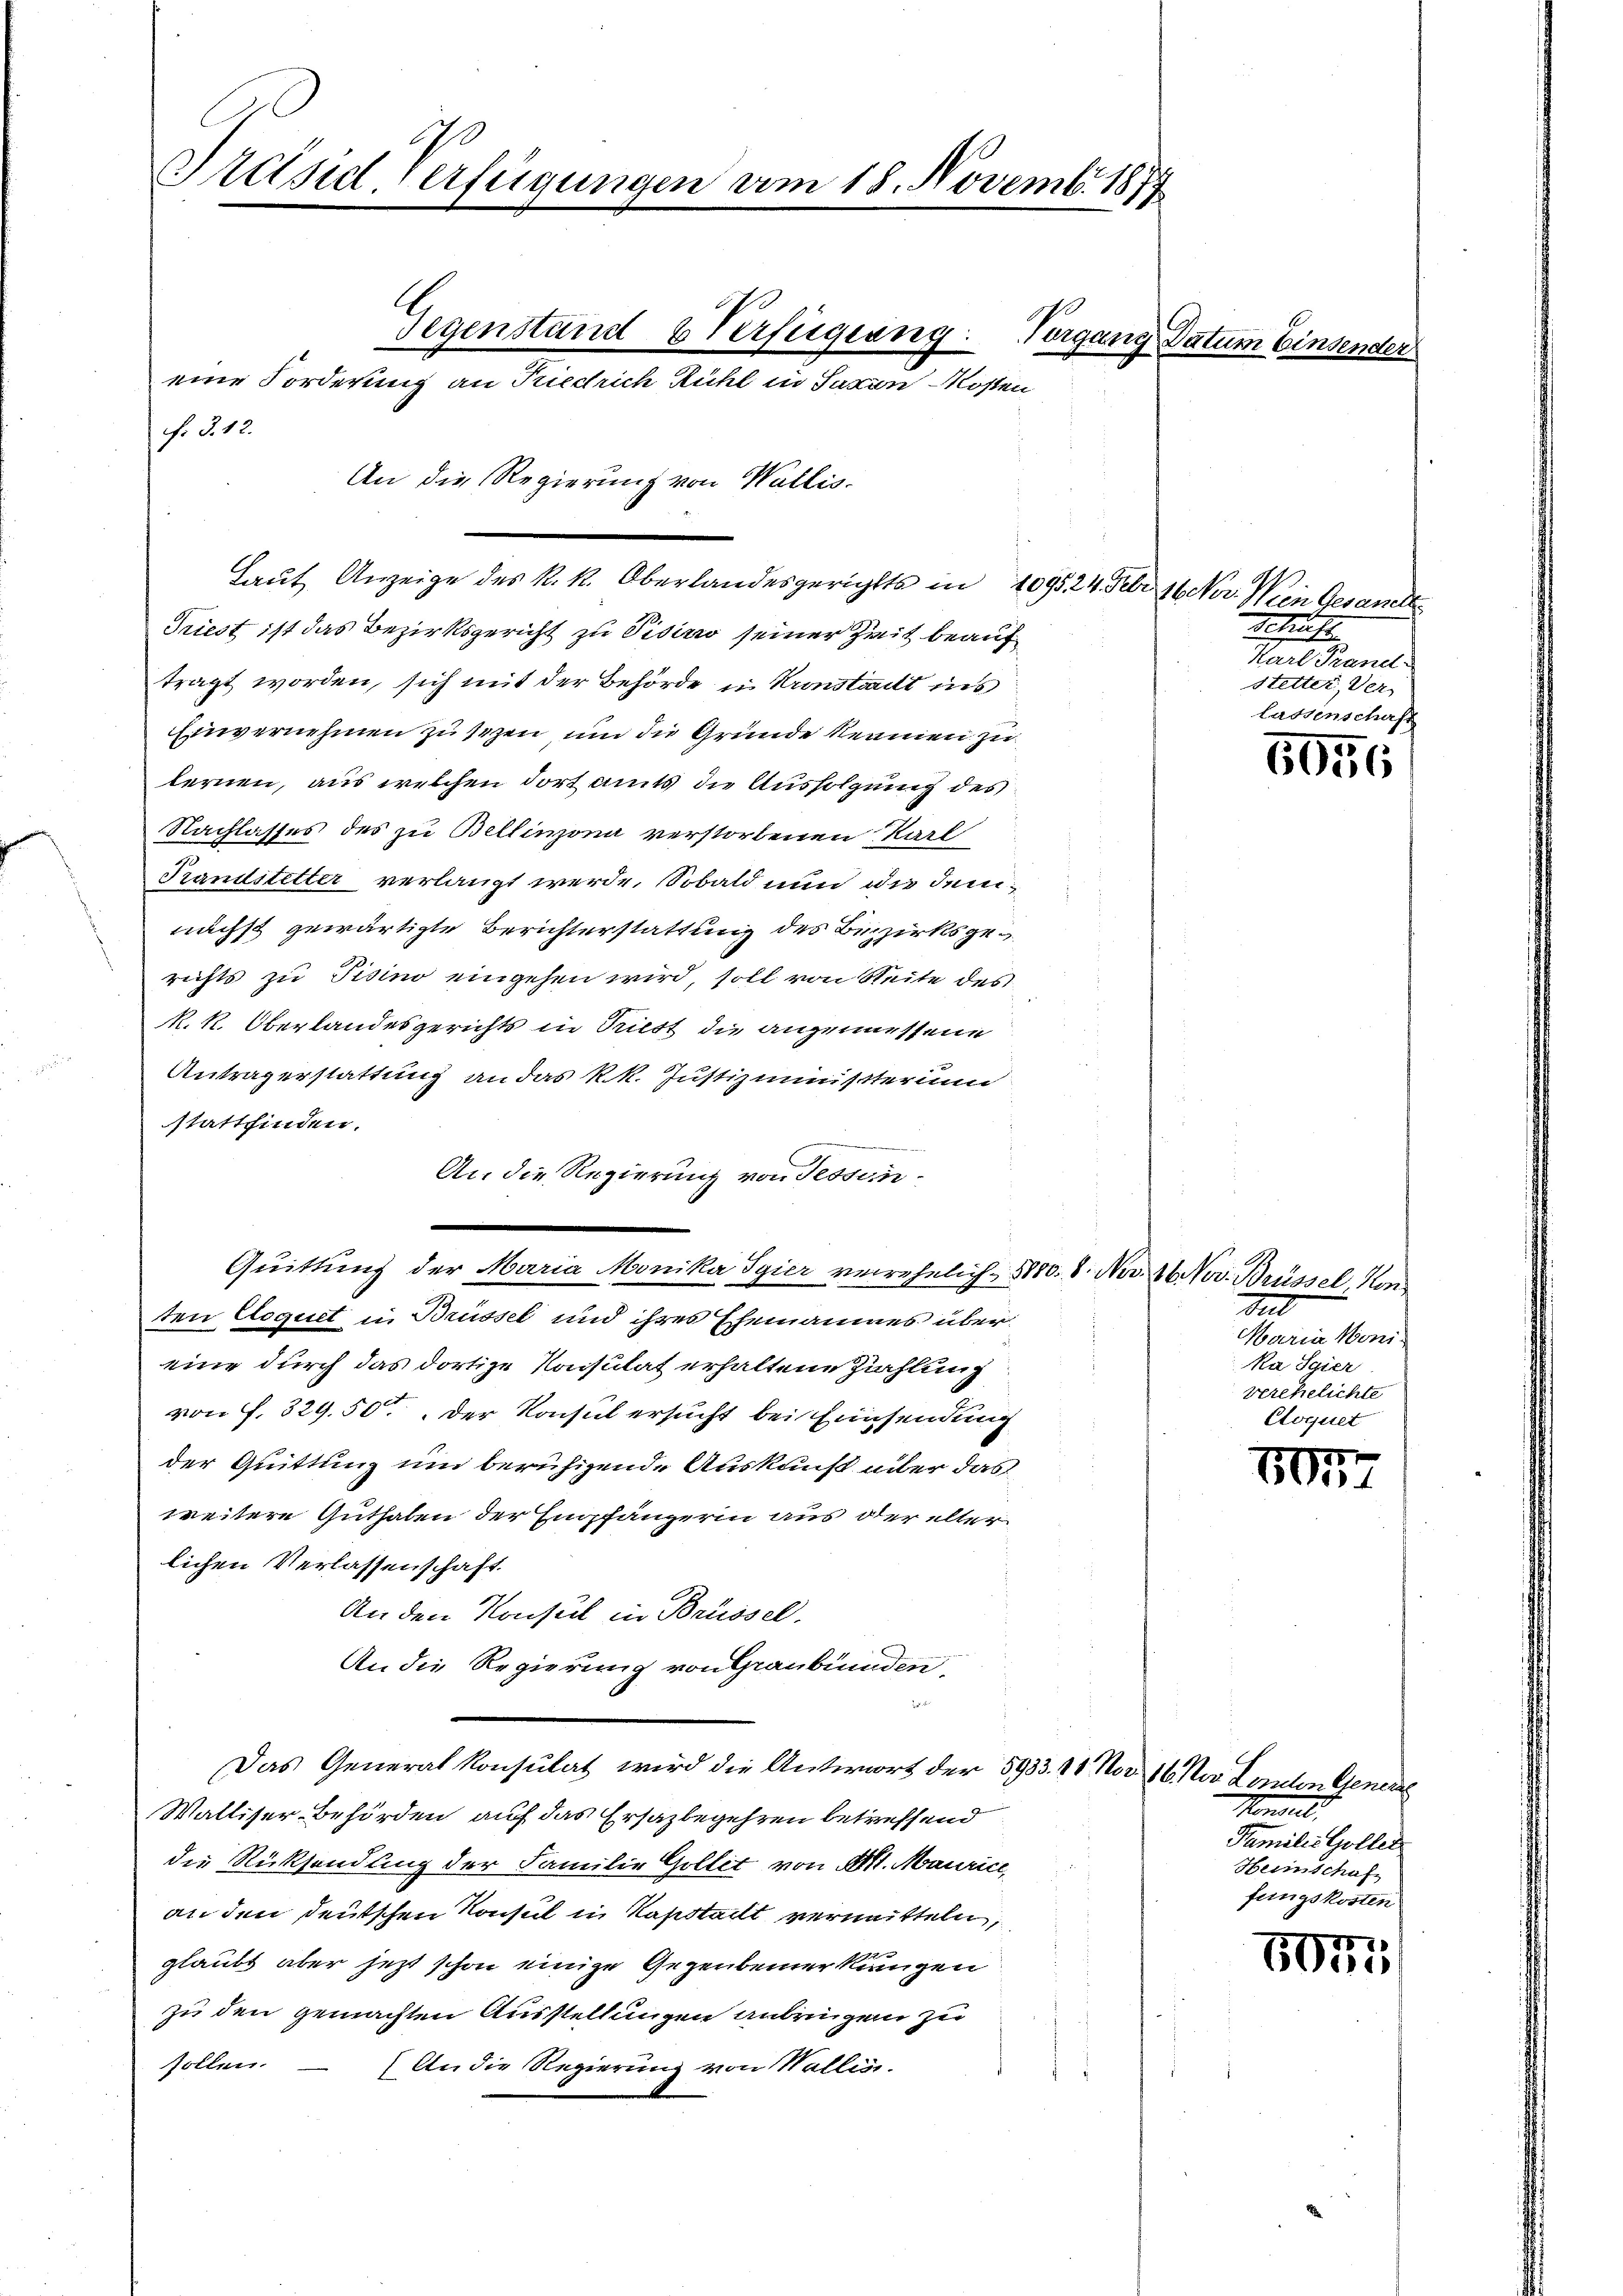
Präsid. Verfügungen am 18. Novemb. 1877

Vorgang Datum Einsender
eine Forderung an Kiedrich Rühl in Saxin-Kosten
f. 3. 12.
An die Regierung von Wallis.

Triest ist das Bezirksgericht zu Visico seiner Zeit beauf
tragt worden, sich mit der Behörde in Kronstalt ins
Einvernehmen zu sezen und die Grunde keinen zu
lernen, aus welchen dort amts die Ausfolgung des
Nachlasses des zu Bellinzona verstorbenen Karl
Prandstetter verlangt werde. Sobald nun die demnächst gewärtigte Berichterstattung des Bezirksgerichts zu Tisino eingehen wird, soll von Seite des
R. k. Oberlandesgerichts in Riedt die angemessene
Antragerstattung an das k. k. Justizministerun
stattfinden.
An die Regierung von Tessin-
Quittung der Maria Monika Syier verehelich - 8000. 8. Nov. 16. Nov. Brüssel von
ten Coquet in Brüssel und ihres Ehemannes übereine durch das dortige Konsulat erhaltene Zahlung
von f. 329. 50, der Konsul ersucht bei Einsendung
der Quittung um beruhigende Auskunft über das
weitere Guthaben der Empfängerin aus der alter
lichen Verlassenschaft.
An den Konsul in Brüssel.
An die Regierung von Graubünden,

Das Generalkonsulat wird die Antwort der 5933. 11 Nov
Walliser Behörden auf das Ersazbegehren betreffend
die Rücksendung der Familie Gollit von 21. Maurice,
an den deutschen Konsul in Kapstalt vermitteln,
glaubt aber jetzt schon einige Gezeubemerkungen
zu den gemachten Ausstellungen anbringen zu
sollen.
(An die Regierung von Wallis.

Gegenstand & Verfügung

Laut Anzeige des k. k. Oberlandesgerichts in 1095, 24. Febr. 16. Nov. Nein Gesandt¬

Schrift
Karl Brand
Stetter, Ver
lassenschaft

5056

a
Maria Moni-
ka Sgier
verehelichte
Cloquet

15
8

16. Nov. Landten General
Mandelt,
Familie Goller
Heimschaft
fungskosten

8075